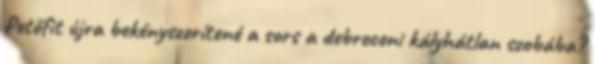
Petőfit újra bekényszerítené a sors a debreceni kályhátlan szobába?